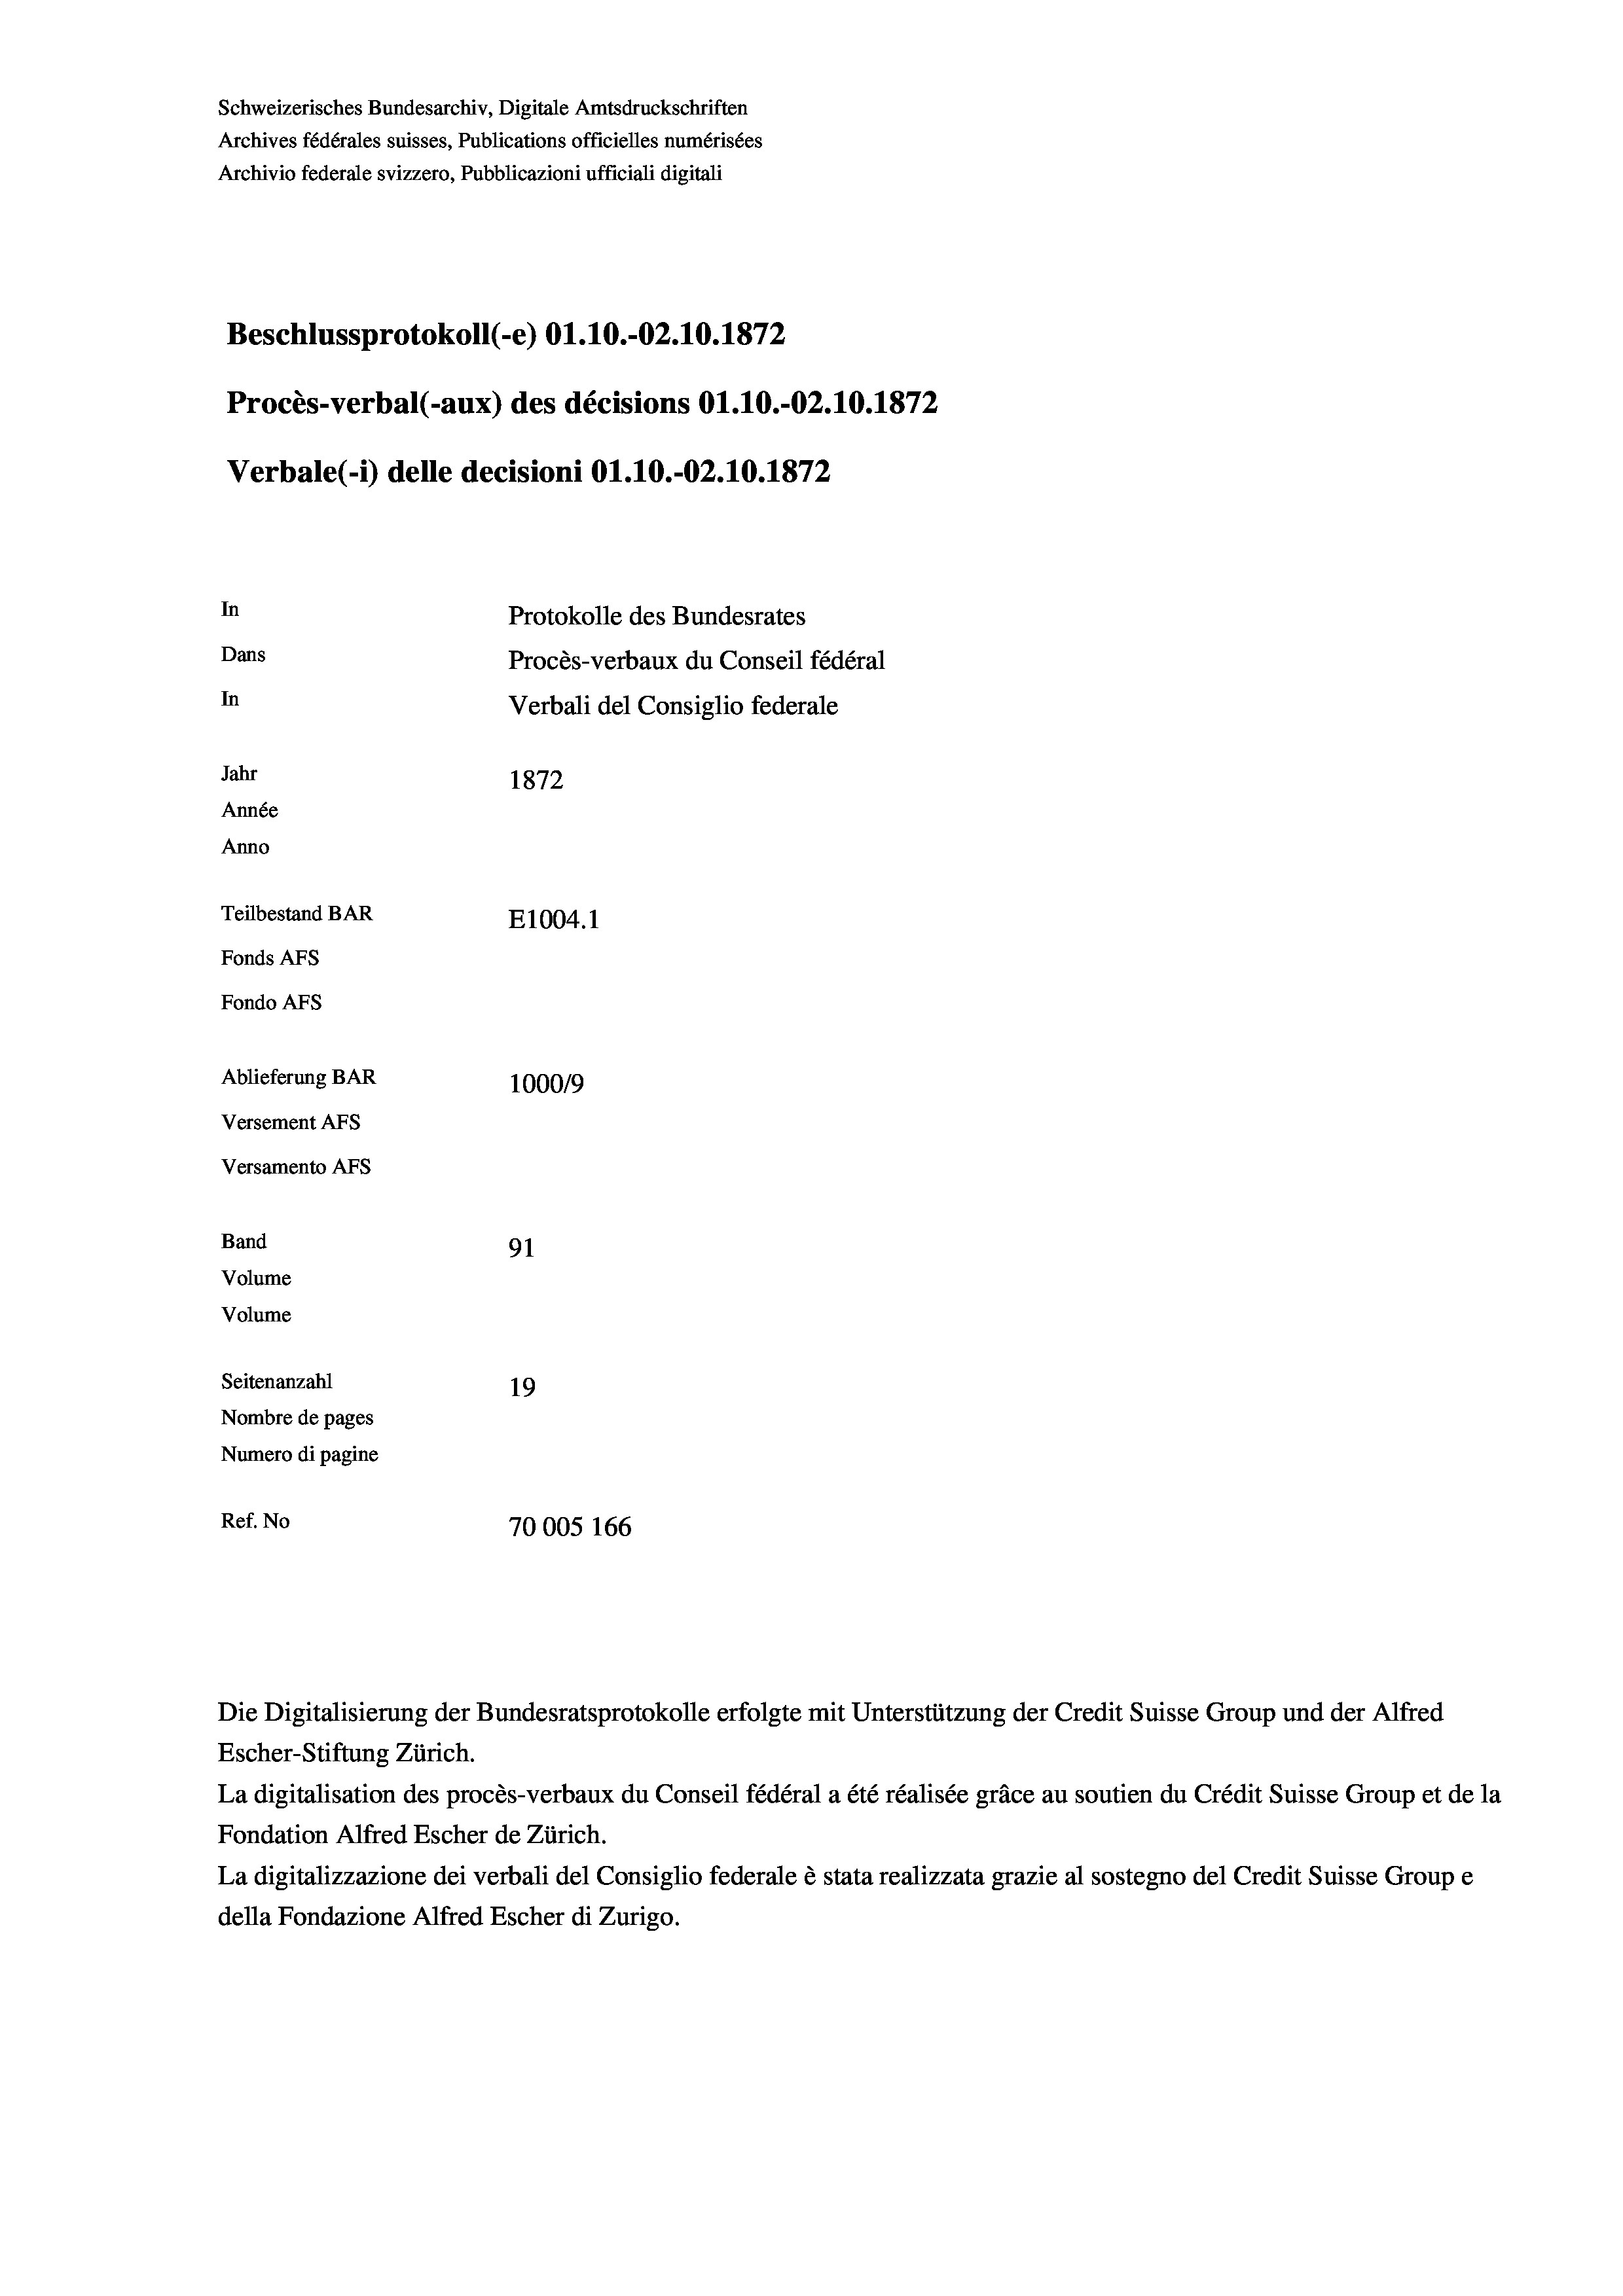
Schweizerisches Bundesarchiv, Digitale Amtsdruckschriften
Archives fédérales suisses, Publications officielles numérisées
Archivio federale svizzero, Pubblicazioni ufficiali digitali

In
Protokolle des Bundesrates
Dans
Procès-verbaux du Conseil fédéral
In
Verbali del Consiglio federale
Jahr
1872
Année
Anno
Teilbestand BAR
E1004. 1
Fonds AFs
Fondo Afs

Beschlussprotokoll (-e) O1.10.-02.10.1872

Ablieferung BAR
Versement Ans
Versamento Afs
Band
Volume
Volume
Seitenanzahl

Procès-verbal (-aux) des décisions O1.10.-02.10.1872
Verbale(-*) delle decisioni O1.10.-O2.10.1872

100019
91
19
Nombre de pages
Numero di pagine
Ref. No
70005 166

Die Digitalisierung der Bundesratsprotokolle erfolgte mit Unterstützung der Credit Suisse Group und der Alfred
Escher-Stiftung Zürich.
La digitalisation des procès-verbaux du Conseil fédéral a été réalisée gräce au soutien du Crédit Suisse Group et de la
Fondation Alfred Escher de Zürich.
La digitalizzazione dei verbali del Consiglio federale è stata realizzata grazie al sostegno del Credit Suisse Groupe
della Fondazione Alfred Escher di Zurigo.